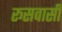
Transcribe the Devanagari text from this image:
रूसवासी